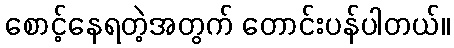
စောင့်နေရတဲ့အတွက် တောင်းပန်ပါတယ်။